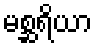
မစ္ဆရိယာ